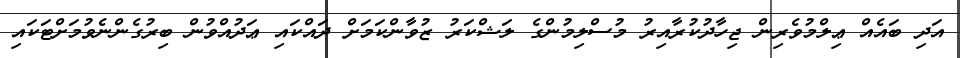
އަދި ބައެއް ޢިލްމުވެރިން ޖިހާދުކުރާއިރު މުސްލިމުންގެ ލަޝްކަރު ޒުވާންކަމަށް ދައްކައި ޢަދުއްވުން ބިރުގެންނެވުމަށްޓަކައި